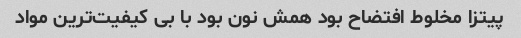
پیتزا مخلوط افتضاح بود همش نون بود با بی کیفیت‌ترین مواد